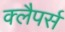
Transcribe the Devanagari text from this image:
क्लैपर्स